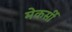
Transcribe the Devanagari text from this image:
मेकर्सी